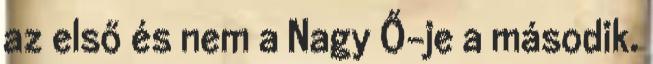
az első és nem a Nagy Ő-je a második.